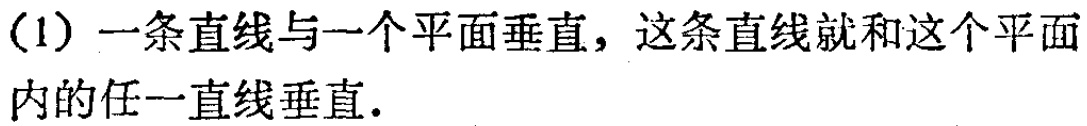
（1）一条直线与一个平面垂直，这条直线就和这个平面内的任一直线垂直.